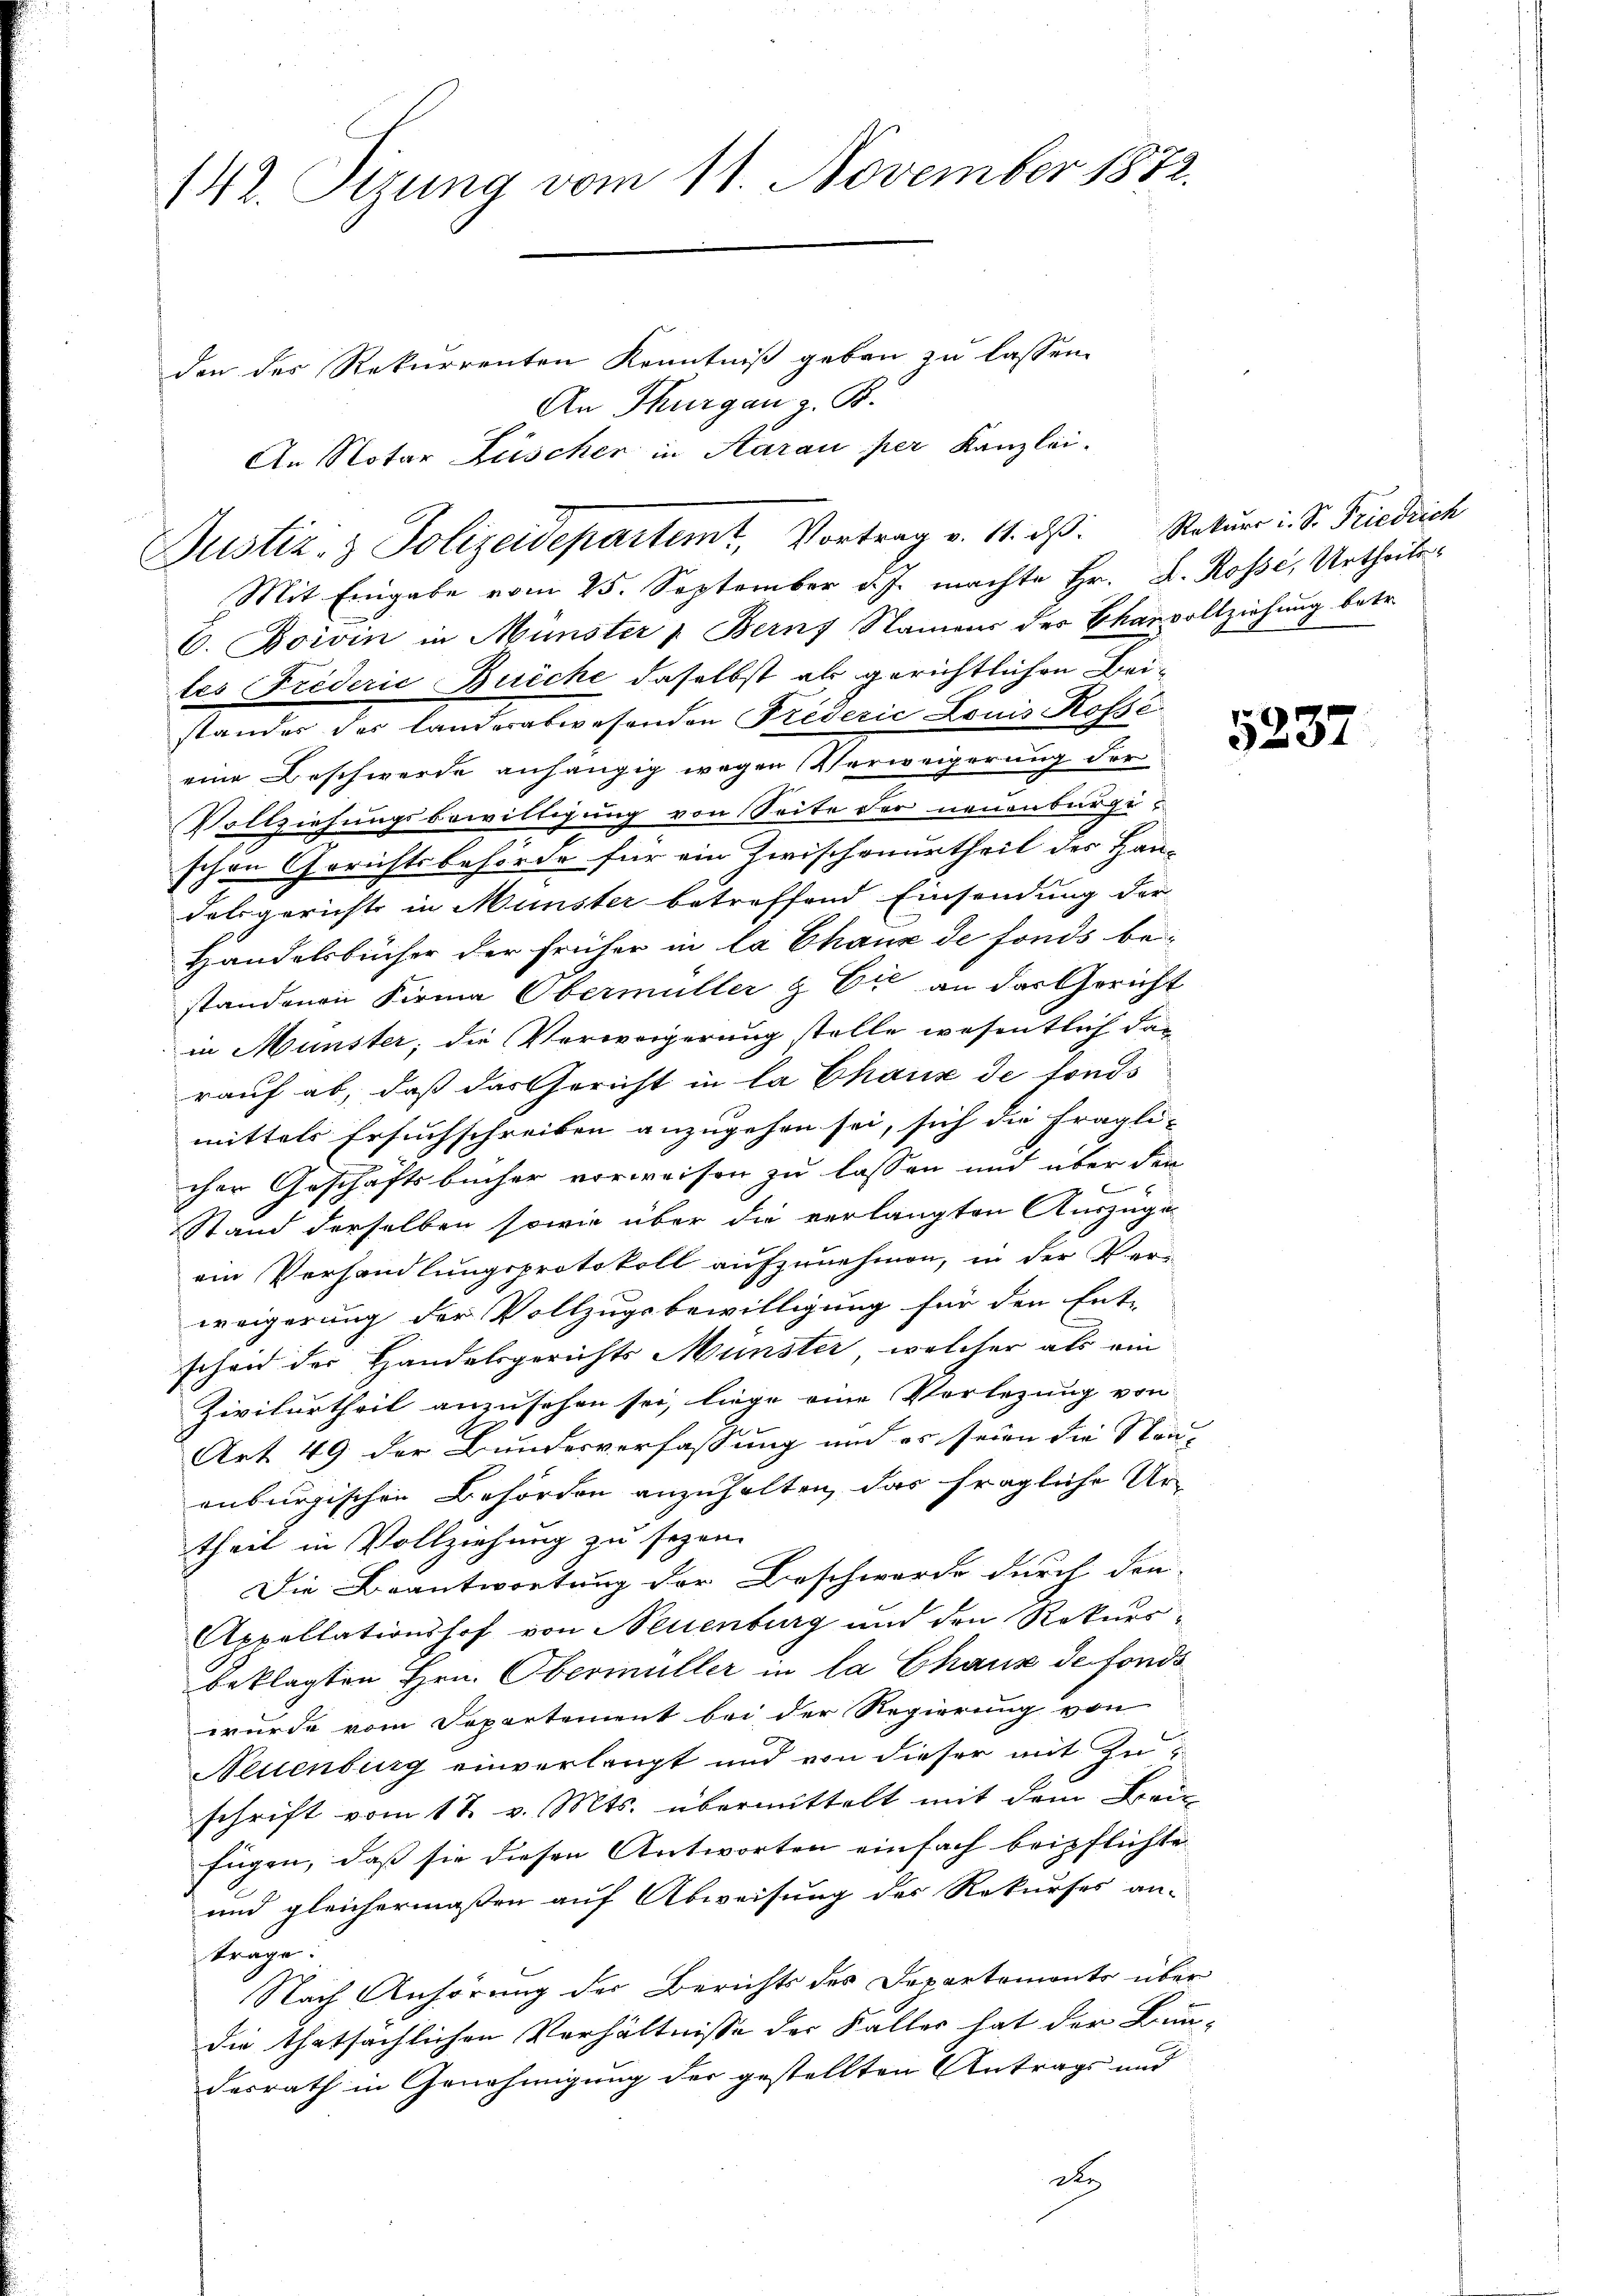
142. Sizung vom 11. November 1872.
den des Rekurrenten Kenntniß geben zu lassen.

An Thurgau z. B.
An Notar Lüscher in Aarau per Kanzlei.
Justiz- & Polizeidepartemt, Vortrag v. 11. ds. Rekurr i. S. Friedrich

Mit Eingabe vom 25. September d. J. machte Hr. L. Rosse, Urtheile¬
C. Boivin in Münster " Bern, Namens des Planvollziehung betr.
tes Friderić Buiche daselbst als gerichtlichen Beistandes des Landerabwesenden Triderić Louis Rosse
eine Beschwerde anhängig wegen Verweigerung der
Vollziehungsbewilligung von Seite der neuenburgeschen Gerichtsbehörde für ein Zwischenurtheil des Han-
Felsgerichte in Münster betreffend Einsendung der
Handelsbücher der früher in la Chaux de fonds be-
standenen Firma Obermüller & Cie an das Gericht
in Münster; die Verworgerung stelle wesentlich das
rauf ab, daß das Gericht in la Chaux de fonds
mittels Ersuchschreiben anzugehen sei, sich die fragli-
cher Geschäftsbücher vorweisen zu lassen und über den

Stand derselben sowie über die verlangten Auszugeein Verhandlungsprotokoll aufzunehmen, in der Ver-
weigerung der Vollzugsbewilligung für den Ent-
scheid der Handelsgerichts Münster, welcher als ein
Zivilurtheil anzusehen sei, liege eine Verlegung von
Art. 49 der Bundesverfassung und es seien die Stan-
anburgischen Behörden anzuhalten, das fragliche Ur-
theil in Vollziehung zu sezen.
Die Beantwortung der Beschwerde durch den- |
Appellationshof von Neuenburg und den Rekursbeklagten Hrn. Obermüller in la Chaux de fonds
wurde vom Departement bei der Regierung von
Neuenburg einverlangt und von dieser mit Zuschrift vom 17. v. Mts. übermittelt mit dem Breit
fügen, daß sie diesen Antworten einfach beipflichte
und gleichermaßen auf Abweisung des Rekurses an-
trage:
Nach Anhörung der Berichts des Departemonte über
die thatsächlichen Verhältnisse der Faller hat der Bun-
desrath in Genehmigung der gestellten Antrags und
d

5237